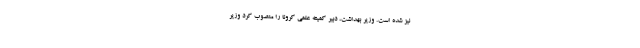
نیز شده است. وزیر بهداشت، دبیر کمیته علمی کرونا را منصوب کرد وزیر